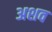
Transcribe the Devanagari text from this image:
अशव